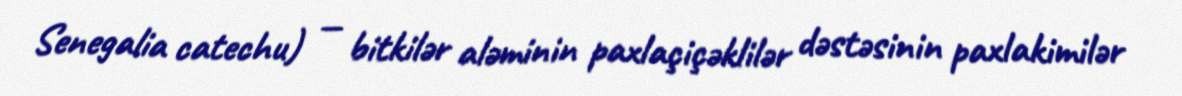
Senegalia catechu) — bitkilər aləminin paxlaçiçəklilər dəstəsinin paxlakimilər